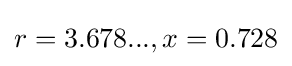
r=3.678...,x=0.728